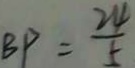
B P = \frac { 2 4 } { 5 }